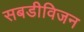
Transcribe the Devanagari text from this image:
सबडीविजन